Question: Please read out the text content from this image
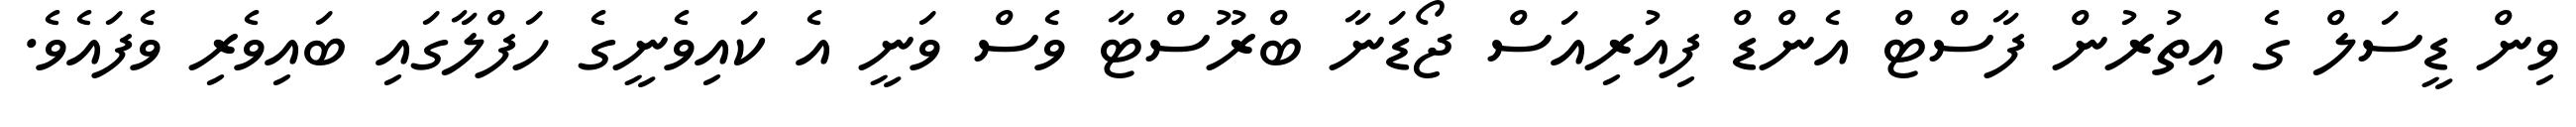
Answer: ވިން ޑީސަލް ގެ އިތުރުން ފާސްޓް އެންޑް ފިއުރިއަސް ޖޯޑަނާ ބްރޫސްޓާ ވެސް ވަނީ އެ ކައިވެނީގެ ހަފްލާގައި ބައިވެރި ވެފައެވެ.